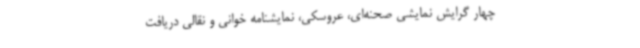
چهار گرایش نمایشی صحنه‌ای، عروسکی، نمایشنامه خوانی و نقالی دریافت